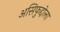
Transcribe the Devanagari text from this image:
असिफुद्दोला